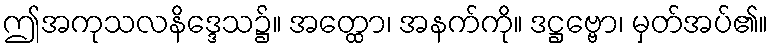
ဤအကုသလနိဒ္ဒေသ၌။ အတ္ထော၊ အနက်ကို။ ဒဋ္ဌဗ္ဗော၊ မှတ်အပ်၏။